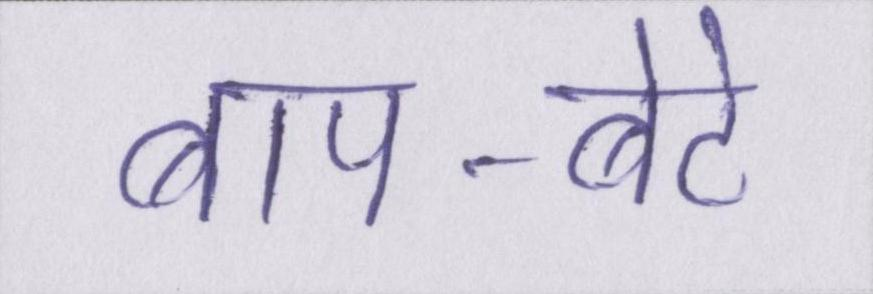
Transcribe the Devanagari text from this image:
बाप-बेटे